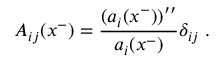
A _ { i j } ( x ^ { - } ) = \frac { ( a _ { i } ( x ^ { - } ) ) ^ { \prime \prime } } { a _ { i } ( x ^ { - } ) } \delta _ { i j } \; .